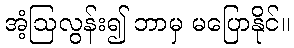
အံ့ဩလွန်း၍ ဘာမှ မပြောနိုင်။